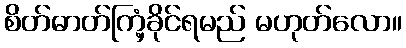
စိတ်ဓာတ်ကြံ့ခိုင်ရမည် မဟုတ်လော။